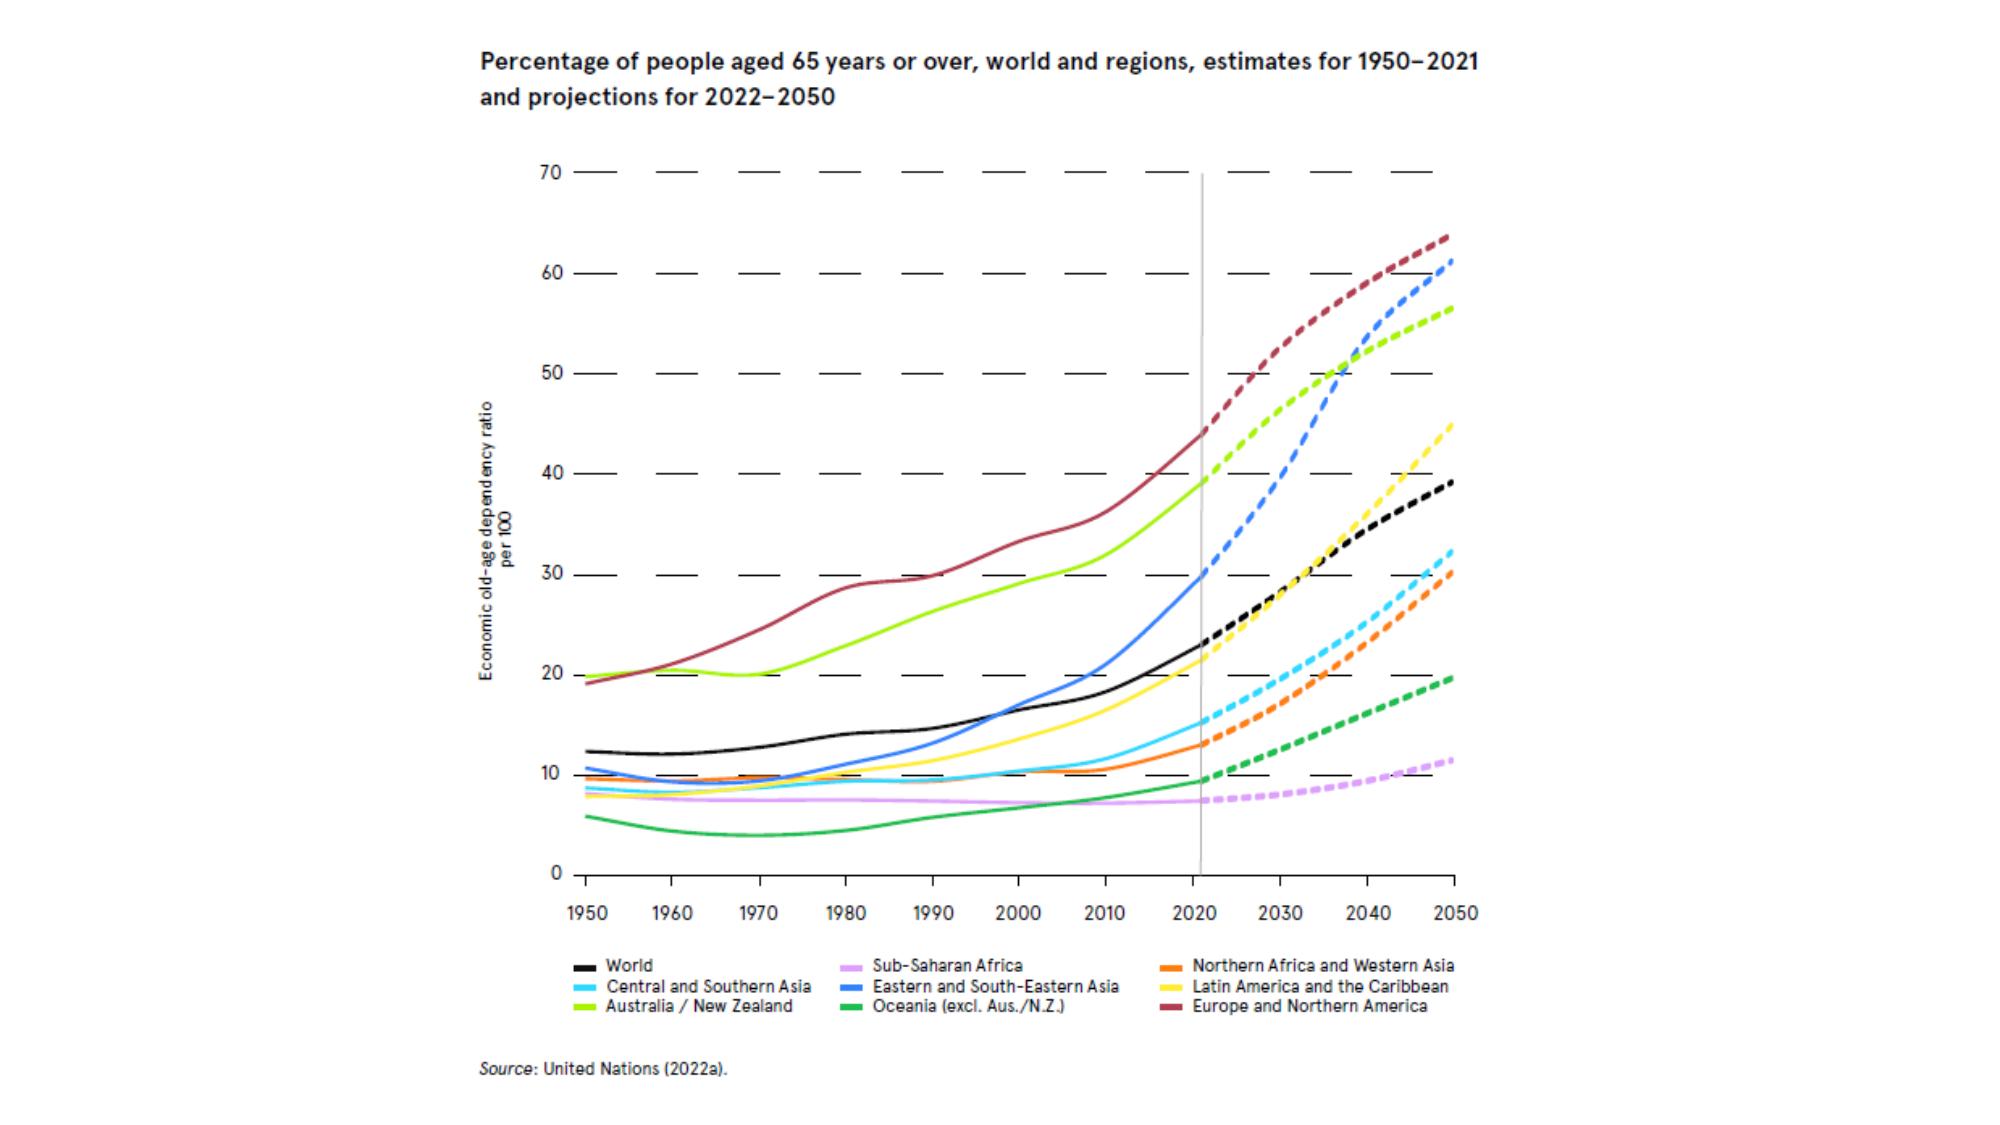
Percentage of people aged 65 years or over, world and regions, estimates for 1950–2021 and projections for 2022–2050

Economic old-age dependency ratio
per 100

70
60
50
40
30
20
10
0

1950 1960 1970 1980 1990 2000 2010 2020 2030 2040 2050

World
Central and Southern Asia
Australia / New Zealand
Sub-Saharan Africa
Eastern and South-Eastern Asia
Oceania (excl. Aus./N.Z.)
Northern Africa and Western Asia
Latin America and the Caribbean
Europe and Northern America

Source: United Nations (2022a).